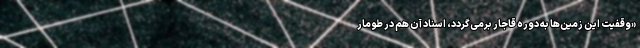
«وقفیت این زمین‌ها به دوره قاجار برمی‌گردد، اسناد آن هم در طومار